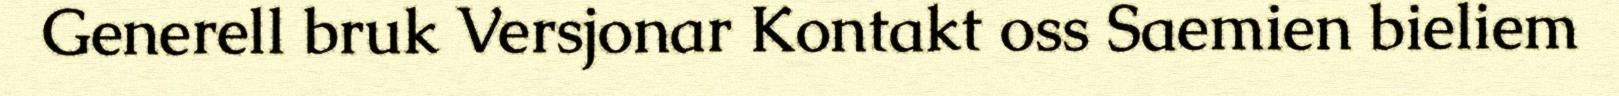
Generell bruk Versjonar Kontakt oss Saemien bieliem